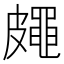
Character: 𥀨